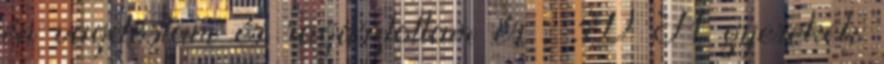
én vagdostam és ragasztottam és . :D A gyerekek